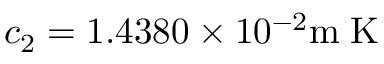
c _ { 2 } = 1 . 4 3 8 0 \times 1 0 ^ { - 2 } { \mathrm { m � K } }